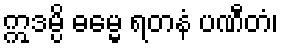
ဣဒမ္ပိ ဓမ္မေ ရတနံ ပဏီတံ၊